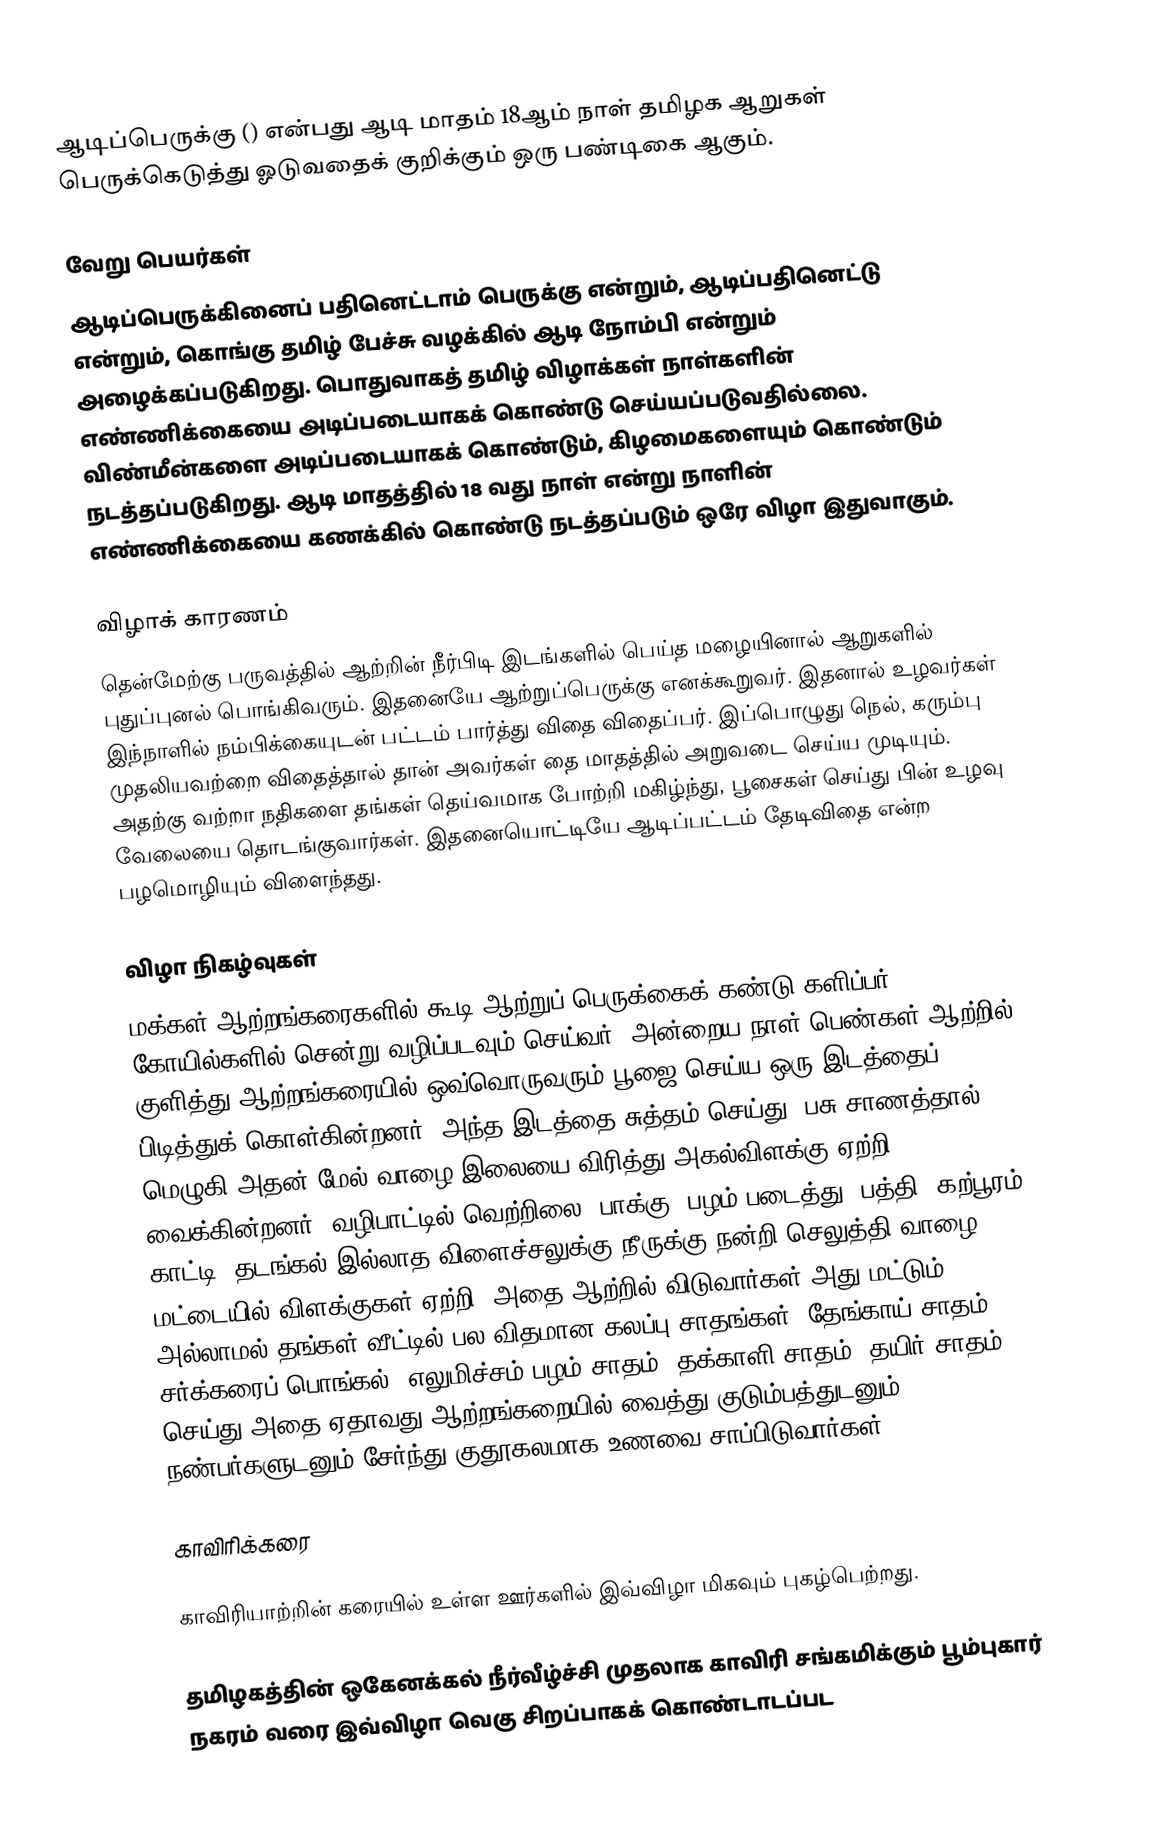
ஆடிப்பெருக்கு ()  என்பது ஆடி மாதம் 18ஆம் நாள் தமிழக ஆறுகள் பெருக்கெடுத்து ஓடுவதைக் குறிக்கும் ஒரு பண்டிகை ஆகும்.

வேறு பெயர்கள்
ஆடிப்பெருக்கினைப் பதினெட்டாம் பெருக்கு என்றும், ஆடிப்பதினெட்டு என்றும், கொங்கு தமிழ் பேச்சு வழக்கில் ஆடி நோம்பி என்றும் அழைக்கப்படுகிறது. பொதுவாகத் தமிழ் விழாக்கள் நாள்களின் எண்ணிக்கையை அடிப்படையாகக் கொண்டு செய்யப்படுவதில்லை. விண்மீன்களை அடிப்படையாகக் கொண்டும், கிழமைகளையும் கொண்டும் நடத்தப்படுகிறது. ஆடி மாதத்தில் 18 வது நாள் என்று நாளின் எண்ணிக்கையை கணக்கில் கொண்டு நடத்தப்படும் ஒரே விழா இதுவாகும்.

விழாக் காரணம்
தென்மேற்கு பருவத்தில் ஆற்றின் நீர்பிடி இடங்களில் பெய்த மழையினால் ஆறுகளில் புதுப்புனல் பொங்கிவரும். இதனையே ஆற்றுப்பெருக்கு எனக்கூறுவர். இதனால் உழவர்கள் இந்நாளில் நம்பிக்கையுடன் பட்டம் பார்த்து விதை விதைப்பர். இப்பொழுது நெல், கரும்பு முதலியவற்றை விதைத்தால் தான் அவர்கள் தை மாதத்தில் அறுவடை செய்ய முடியும். அதற்கு வற்றா நதிகளை தங்கள் தெய்வமாக போற்றி மகிழ்ந்து, பூசைகள் செய்து பின் உழவு வேலையை தொடங்குவார்கள். இதனையொட்டியே ஆடிப்பட்டம் தேடிவிதை என்ற பழமொழியும் விளைந்தது.

விழா நிகழ்வுகள்
மக்கள் ஆற்றங்கரைகளில் கூடி ஆற்றுப் பெருக்கைக் கண்டு களிப்பர். கோயில்களில் சென்று வழிப்படவும் செய்வர். அன்றைய நாள் பெண்கள் ஆற்றில் குளித்து ஆற்றங்கரையில் ஒவ்வொருவரும் பூஜை செய்ய ஒரு இடத்தைப் பிடித்துக் கொள்கின்றனர். அந்த இடத்தை சுத்தம் செய்து, பசு சாணத்தால் மெழுகி அதன் மேல் வாழை இலையை விரித்து அகல்விளக்கு ஏற்றி வைக்கின்றனர். வழிபாட்டில் வெற்றிலை, பாக்கு, பழம் படைத்து, பத்தி, கற்பூரம் காட்டி, தடங்கல் இல்லாத விளைச்சலுக்கு நீருக்கு நன்றி செலுத்தி வாழை மட்டையில் விளக்குகள் ஏற்றி, அதை ஆற்றில் விடுவார்கள்.அது மட்டும் அல்லாமல் தங்கள் வீட்டில் பல விதமான கலப்பு சாதங்கள் (தேங்காய் சாதம், சர்க்கரைப் பொங்கல், எலுமிச்சம் பழம் சாதம், தக்காளி சாதம், தயிர் சாதம்) செய்து அதை ஏதாவது ஆற்றங்கறையில் வைத்து குடும்பத்துடனும், நண்பர்களுடனும் சேர்ந்து குதூகலமாக உணவை சாப்பிடுவார்கள்.

காவிரிக்கரை

காவிரியாற்றின் கரையில் உள்ள ஊர்களில் இவ்விழா மிகவும் புகழ்பெற்றது.

தமிழகத்தின் ஒகேனக்கல் நீர்வீழ்ச்சி முதலாக காவிரி சங்கமிக்கும் பூம்புகார் நகரம் வரை இவ்விழா வெகு சிறப்பாகக் கொண்டாடப்பட